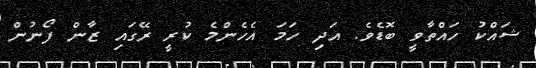
ޝައްކު ހައްތާވީ ބޮޑެވެ. އަދި ހަމަ އެހެންމެ ކުރީ ރޭގައި ޒާން ފޯނުން